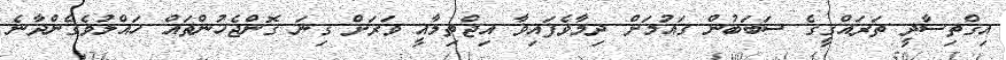
އިގްތިސާދީ ތަރައްގީގެ ސަބަބުން ގައުމަށް ދިމާވެފައިވާ އިޖްތިމާއީ ވަރަށް ގިނަ ގޮންޖެހުންތައް ހައްލުވެގެންދާނެ